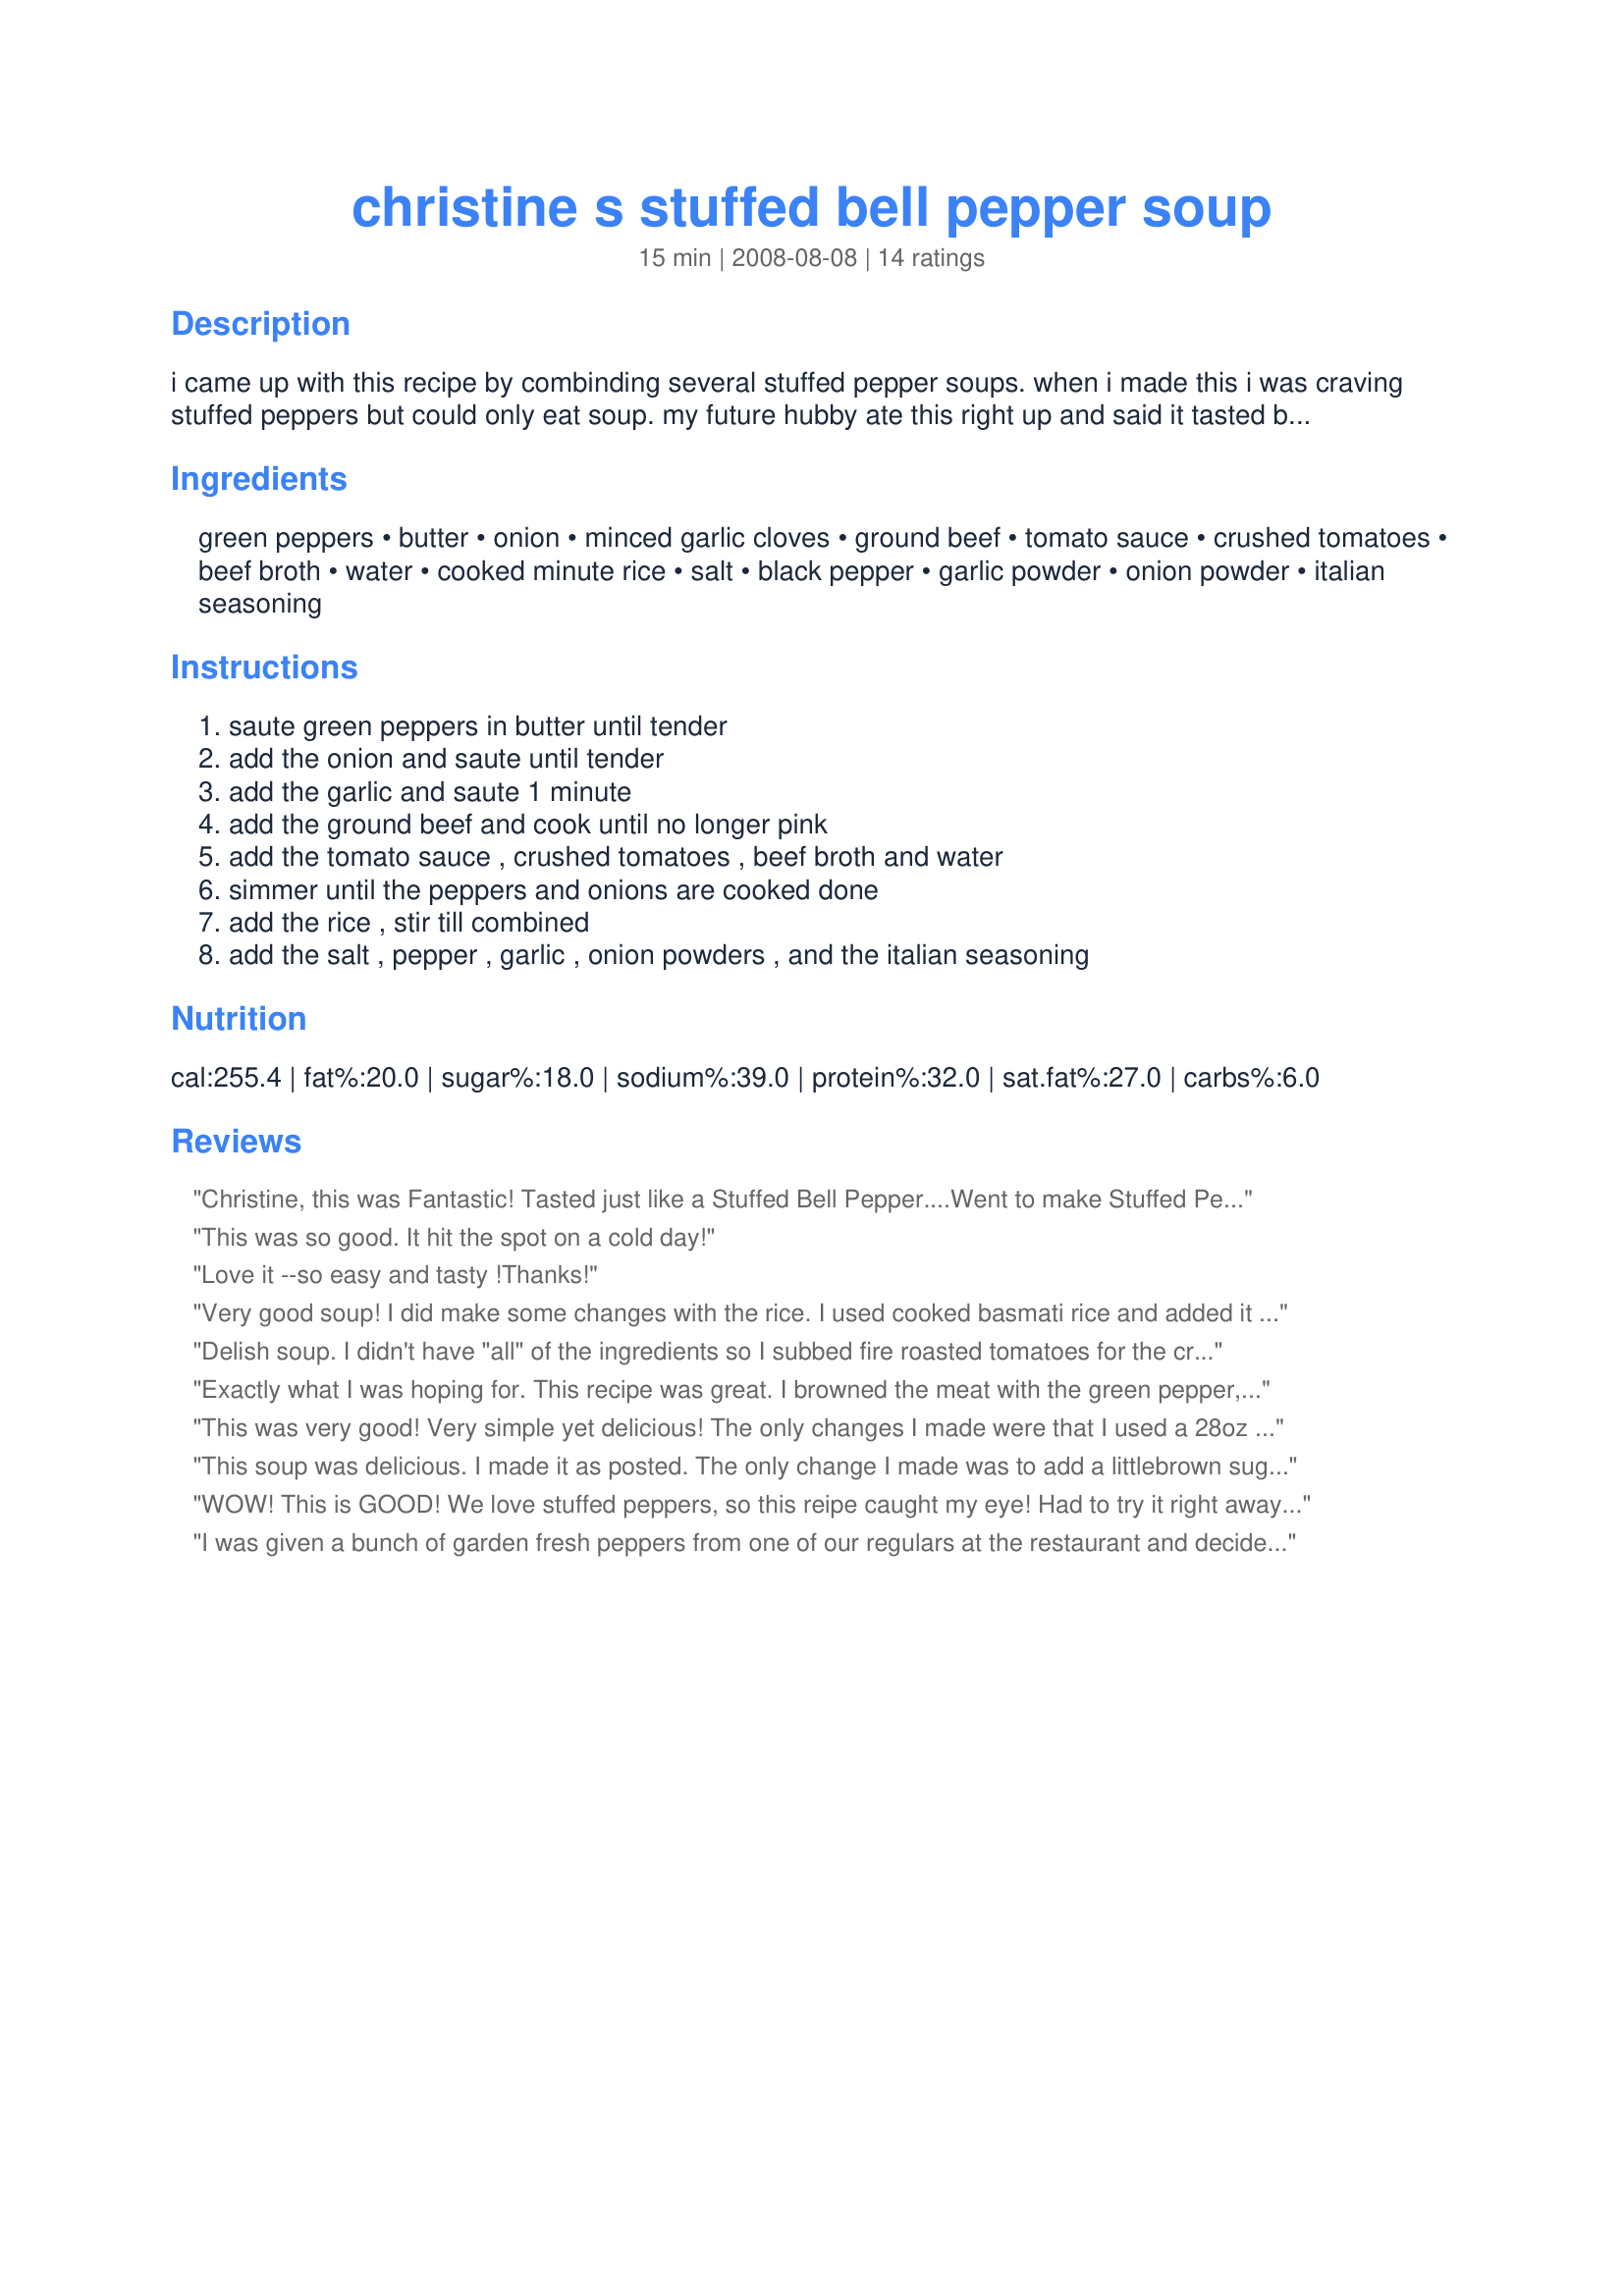
christine s stuffed bell pepper soup
Preparation time: 15 minutes

i came up with this recipe by combinding several stuffed pepper soups. when i made this i was craving stuffed peppers but could only eat soup. my future hubby ate this right up and said it tasted better then stuffed peppers.

Ingredients:
green peppers, butter, onion, minced garlic cloves, ground beef, tomato sauce, crushed tomatoes, beef broth, water, cooked minute rice, salt, black pepper, garlic powder, onion powder, italian seasoning

Steps:
saute green peppers in butter until tender, add the onion and saute until tender, add the garlic and saute 1 minute, add the ground beef and cook until no longer pink, add the tomato sauce , crushed tomatoes , beef broth and water, simmer until the peppers and onions are cooked done, add the rice , stir till combined, add the salt , pepper , garlic , onion powders , and the italian seasoning

Reviews:
Christine, this was Fantastic! Tasted just like a Stuffed Bell Pepper....Went to make Stuffed Peppers and seen this soup....Thank you again, for a staple in our home!
This was so good. It hit the spot on a cold day!
Love it --so easy and tasty !Thanks!
Very good soup! I did make some changes with the rice. I used cooked basmati rice and added it when I served the soup. When I make it again, I will add more peppers. Thanks for sharing a great recipe.
Delish soup. I didn't have "all" of the ingredients so I subbed fire roasted tomatoes for the crushed.
Thanks for the recipe.
Exactly what I was hoping for. This recipe was great. I browned the meat with the green pepper, onion and garlic all together. Instead of tomato sauce, I used part crushed tomatoes, part diced tomatoes and a can of Rotel tomatoes with chilies. Thanks for sharing.
This was very good! Very simple yet delicious! The only changes I made were that I used a 28oz crushed tomatoes and 15 oz can tomato sauce (that was the size of cans that I had of each) and microwaved a steamfresh bag of rice and added it at the end. Also added some red pepper flakes for a little bite!<br/><br/>Yumm!!!
This soup was delicious. I made it as posted. The only change I made was to add a little<br/>brown sugar, as one poster suggested.
WOW! This is GOOD! We love stuffed peppers, so this reipe caught my eye! Had to try it right away! :-) I had to make a few adjustments,because I did not want to go to the grocery store. I had no crushed tomatoes, so I used Petite Diced Tomatoes with onins and garlic. I had a box of beef broth (4c) so I used that and left out the water.
I had 6 very smal peppers and used them all. I had already thawed ground sirloin and Jimmy Dean breakfast sausage to make meatloaf and used that. Had cooked brown rice on hand.
Now I have to say:"This is indeed better than Stuffed Peppers"!!! Thanks for posting! :-) Hope many will try it.
I was given a bunch of garden fresh peppers from one of our regulars at the restaurant and decided to give your recipe a try...OH MY...everyone who tasted it loved it! and is a big hit at the restaurant!! it tasted exactly like the stuffed peppers my mom used to make. I kept the recipe the same except for one thing....instead of just 2 large green peppers I added 6 other than that I followed it to the tee. thank you for sharing your recipe!!
This Is Outstanding...
We Loved It and Will definately Make It Again
I've been looking for a good "Stuffed Pepper Soup" recipe. This is the one!!! Delicious! Thank you for sharing. Alan
Great soup! Will make this often.
The only thing that I will change next time, I will drain the fat from the meat. I did add some cabbage to this. I used both green and yellow bell peppers, since that is what the store had on sale.
This is a keeper.
Added some Montreal seasoning and 2 tbs brown sugar. Used red peppers, diced tomatoes instead of crushed and kept rice on the side and added on top when served. Very nice recipe thanks for sharing.
